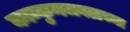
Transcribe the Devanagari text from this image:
कान्कुनजवळच्या